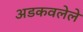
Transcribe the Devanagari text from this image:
अडकवलेले